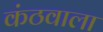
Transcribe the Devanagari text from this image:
कंठवाला